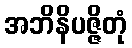
အဘိနိပဇ္ဇိတုံ